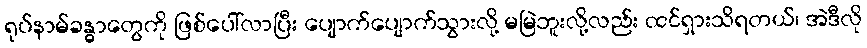
ရုပ်နာမ်ခန္ဓာတွေကို ဖြစ်ပေါ်လာပြီး ပျောက်ပျောက်သွားလို့ မမြဲဘူးလို့လည်း ထင်ရှားသိရတယ်၊ အဲဒီလို